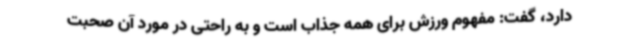
دارد، گفت: مفهوم ورزش برای همه جذاب است و به راحتی در مورد آن صحبت